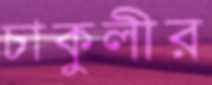
চাকুলীর